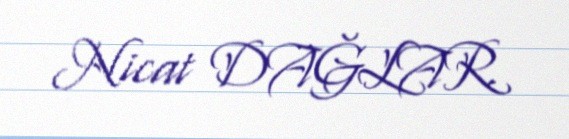
Nicat DAĞLAR.